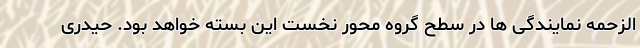
الزحمه نمایندگی ها در سطح گروه محور نخست این بسته خواهد بود. حیدری